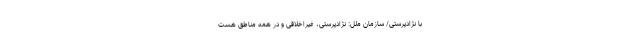
با نژادپرستی/ سازمان ملل: نژادپرستی، غیراخلاقی و در همه مناطق هست